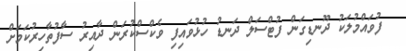
ފުވައްމުލަކު ދޫނޑިގަން ފުޓްސަލް ދަނޑު ހުޅުވައިފި ވެކްސްކުރަން ދާއިރު ސާފުތާހިރުކަމަށް